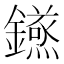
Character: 𮣝